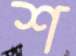
শ